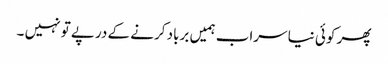
پھر کوئی نیا سراب ہمیں برباد کرنے کے درپے تو نہیں ۔